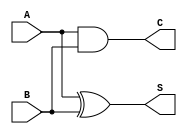
module half_adder(
    output  S,
    output  C,
    input   A,
    input   B
    );

    wire #4 S_delayed, C_delayed;
    assign S = S_delayed;
    assign C = C_delayed;
	 
    xor (S_delayed, A, B);
    and (C_delayed, A, B);
endmodule